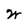
Character: W